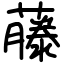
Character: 藤